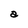
Character: a